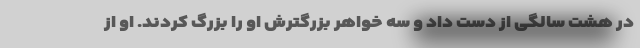
در هشت سالگی از دست داد و سه خواهر بزرگترش او را بزرگ کردند. او از